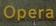
opera